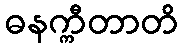
ဓနက္ကီတာတိ